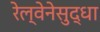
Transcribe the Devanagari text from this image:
रेल्वेनेसुद्धा